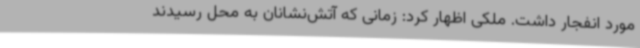
مورد انفجار داشت. ملکی اظهار کرد: زمانی که آتش‌نشانان به محل رسیدند